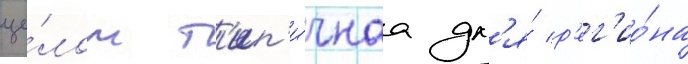
це́лом т'ип'и́чнаа дл'я́ р'ег'ио́на